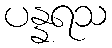
ပန္နရသ